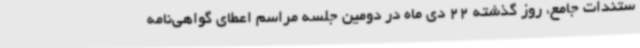
ستندات جامع، روز گذشته 22 دی ماه در دومین جلسه مراسم اعطای گواهی‌نامه